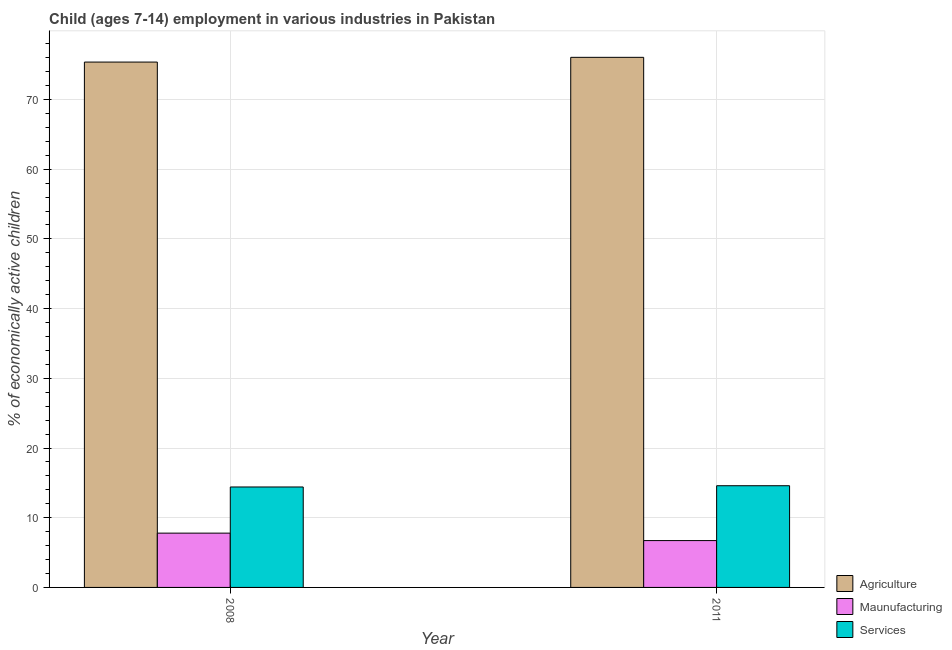
| Year | Agriculture | Maunufacturing | Services |
 | --- | --- | --- | --- |
 | 2008 | 75.4 | 7.79 | 14.4 |
 | 2011 | 76 | 6.72 | 14.6 |